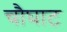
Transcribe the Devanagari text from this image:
चौघाट